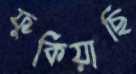
ফুঁকিয়াছি